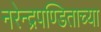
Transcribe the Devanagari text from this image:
नरेन्द्रपण्डिताच्या